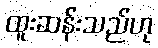
ထူးဆန်းသည်ဟု